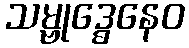
သမ္ဗုဒ္ဓေနေဝ